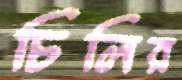
চিলির